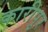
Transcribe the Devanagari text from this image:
कारीपुर